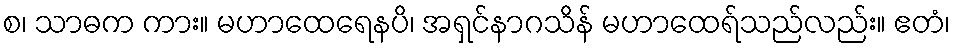
စ၊ သာဓက ကား။ မဟာထေရေနပိ၊ အရှင်နာဂသိန် မဟာထေရ်သည်လည်း။ ဧတံ၊